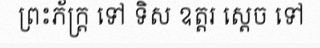
ព្រះភ័ក្ត្រ ទៅ ទិស ឧត្តរ ស្តេច ទៅ